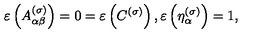
\varepsilon \left( A _ { \alpha \beta } ^ { ( \sigma ) } \right) = 0 = \varepsilon \left( C ^ { ( \sigma ) } \right) , \varepsilon \left( \eta _ { \alpha } ^ { ( \sigma ) } \right) = 1 ,